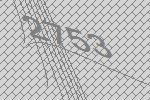
2753